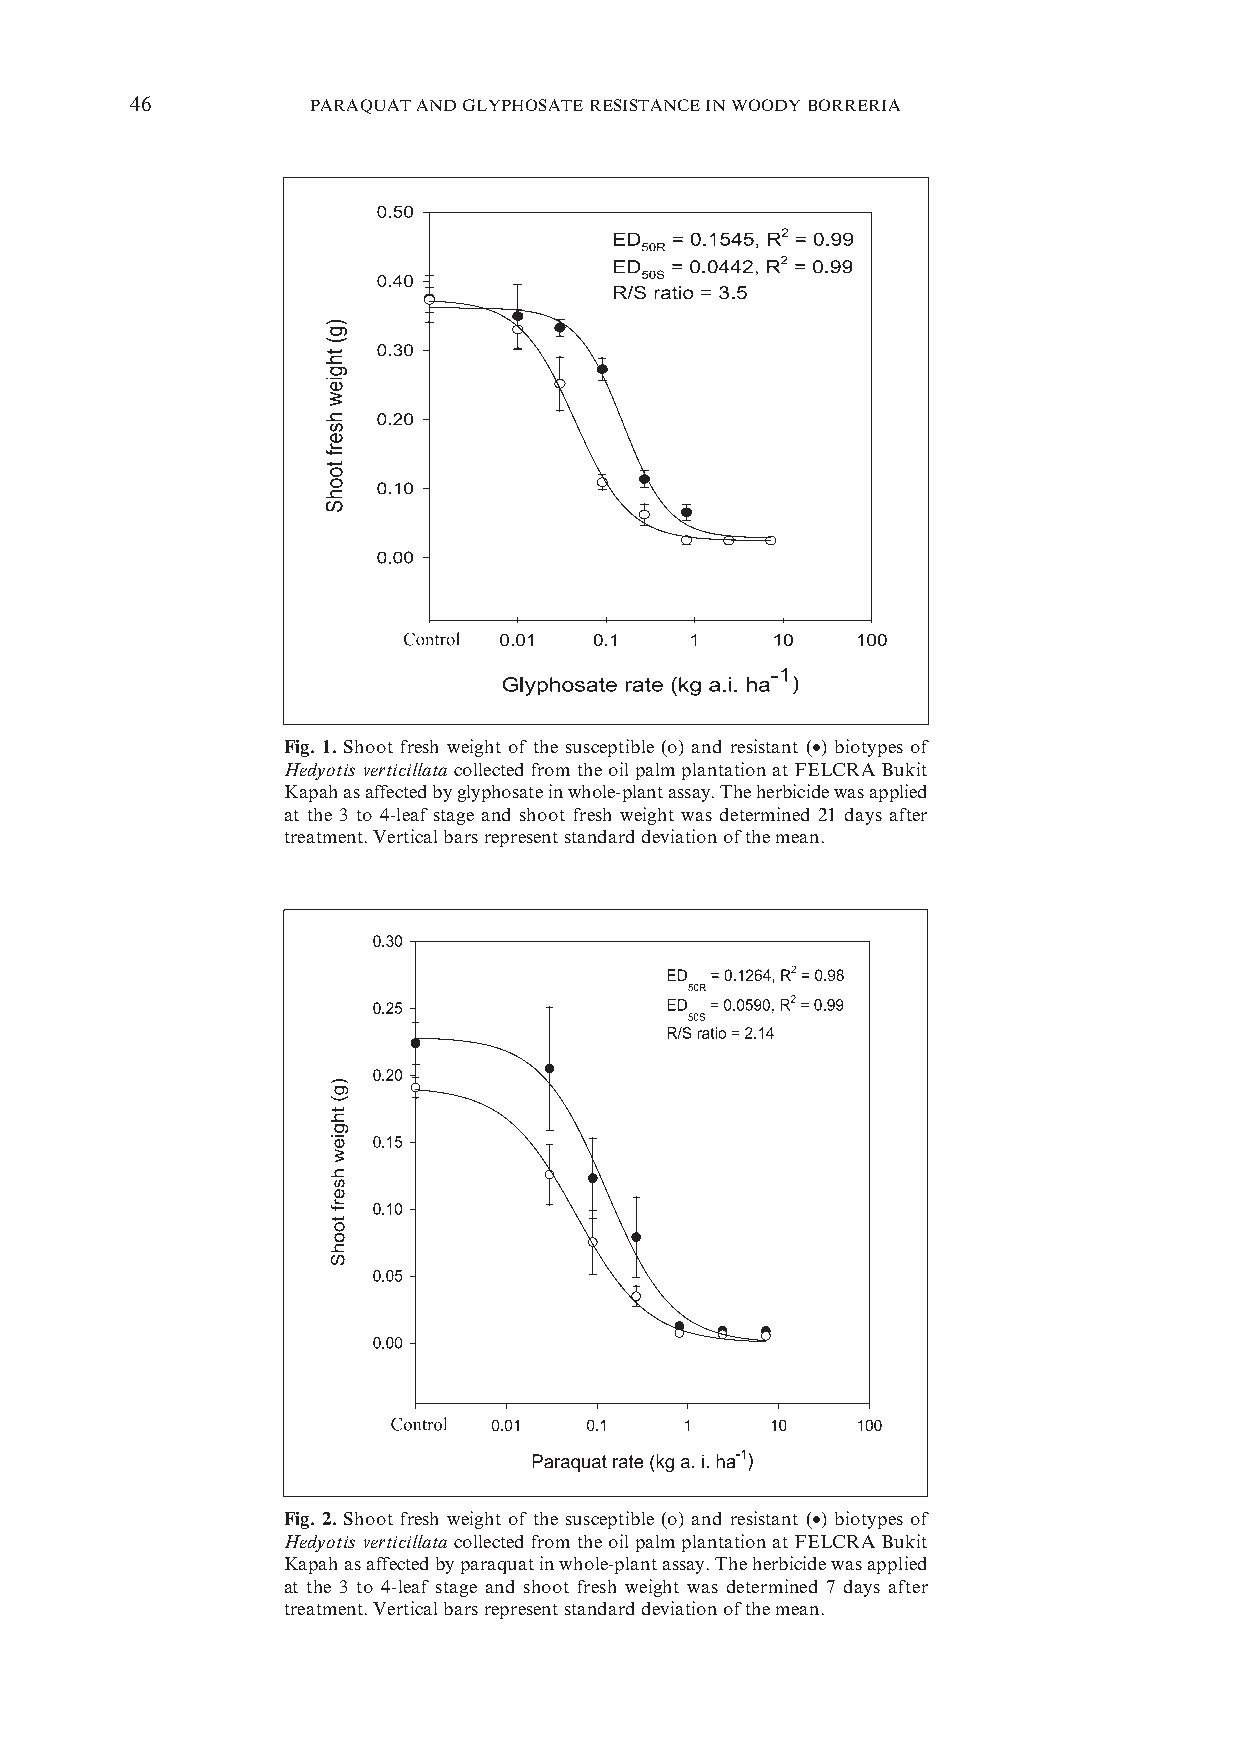
46          PARAQUAT AND GLYPHOSATE RESISTANCE IN WOODY BORRERIA
 Fig. 1. Shoot fresh weight of the susceptible (o) and resistant (•) biotypes of
 Hedyotis verticillata collected from the oil palm plantation at FELCRA Bukit
 Kapah as affected by glyphosate in whole-plant assay. The herbicide was applied
 at the 3 to 4-leaf stage and shoot fresh weight was determined 21 days after
 treatment. Vertical bars represent standard deviation of the mean.
 Fig. 2. Shoot fresh weight of the susceptible (o) and resistant (•) biotypes of
 Hedyotis verticillata collected from the oil palm plantation at FELCRA Bukit
 Kapah as affected by paraquat in whole-plant assay. The herbicide was applied
 at the 3 to 4-leaf stage and shoot fresh weight was determined 7 days after
 treatment. Vertical bars represent standard deviation of the mean.